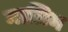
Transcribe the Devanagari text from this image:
मालिम